65_HS1-834228961_62-HQ-83894_Section_9
Agency: FBI
Page 60
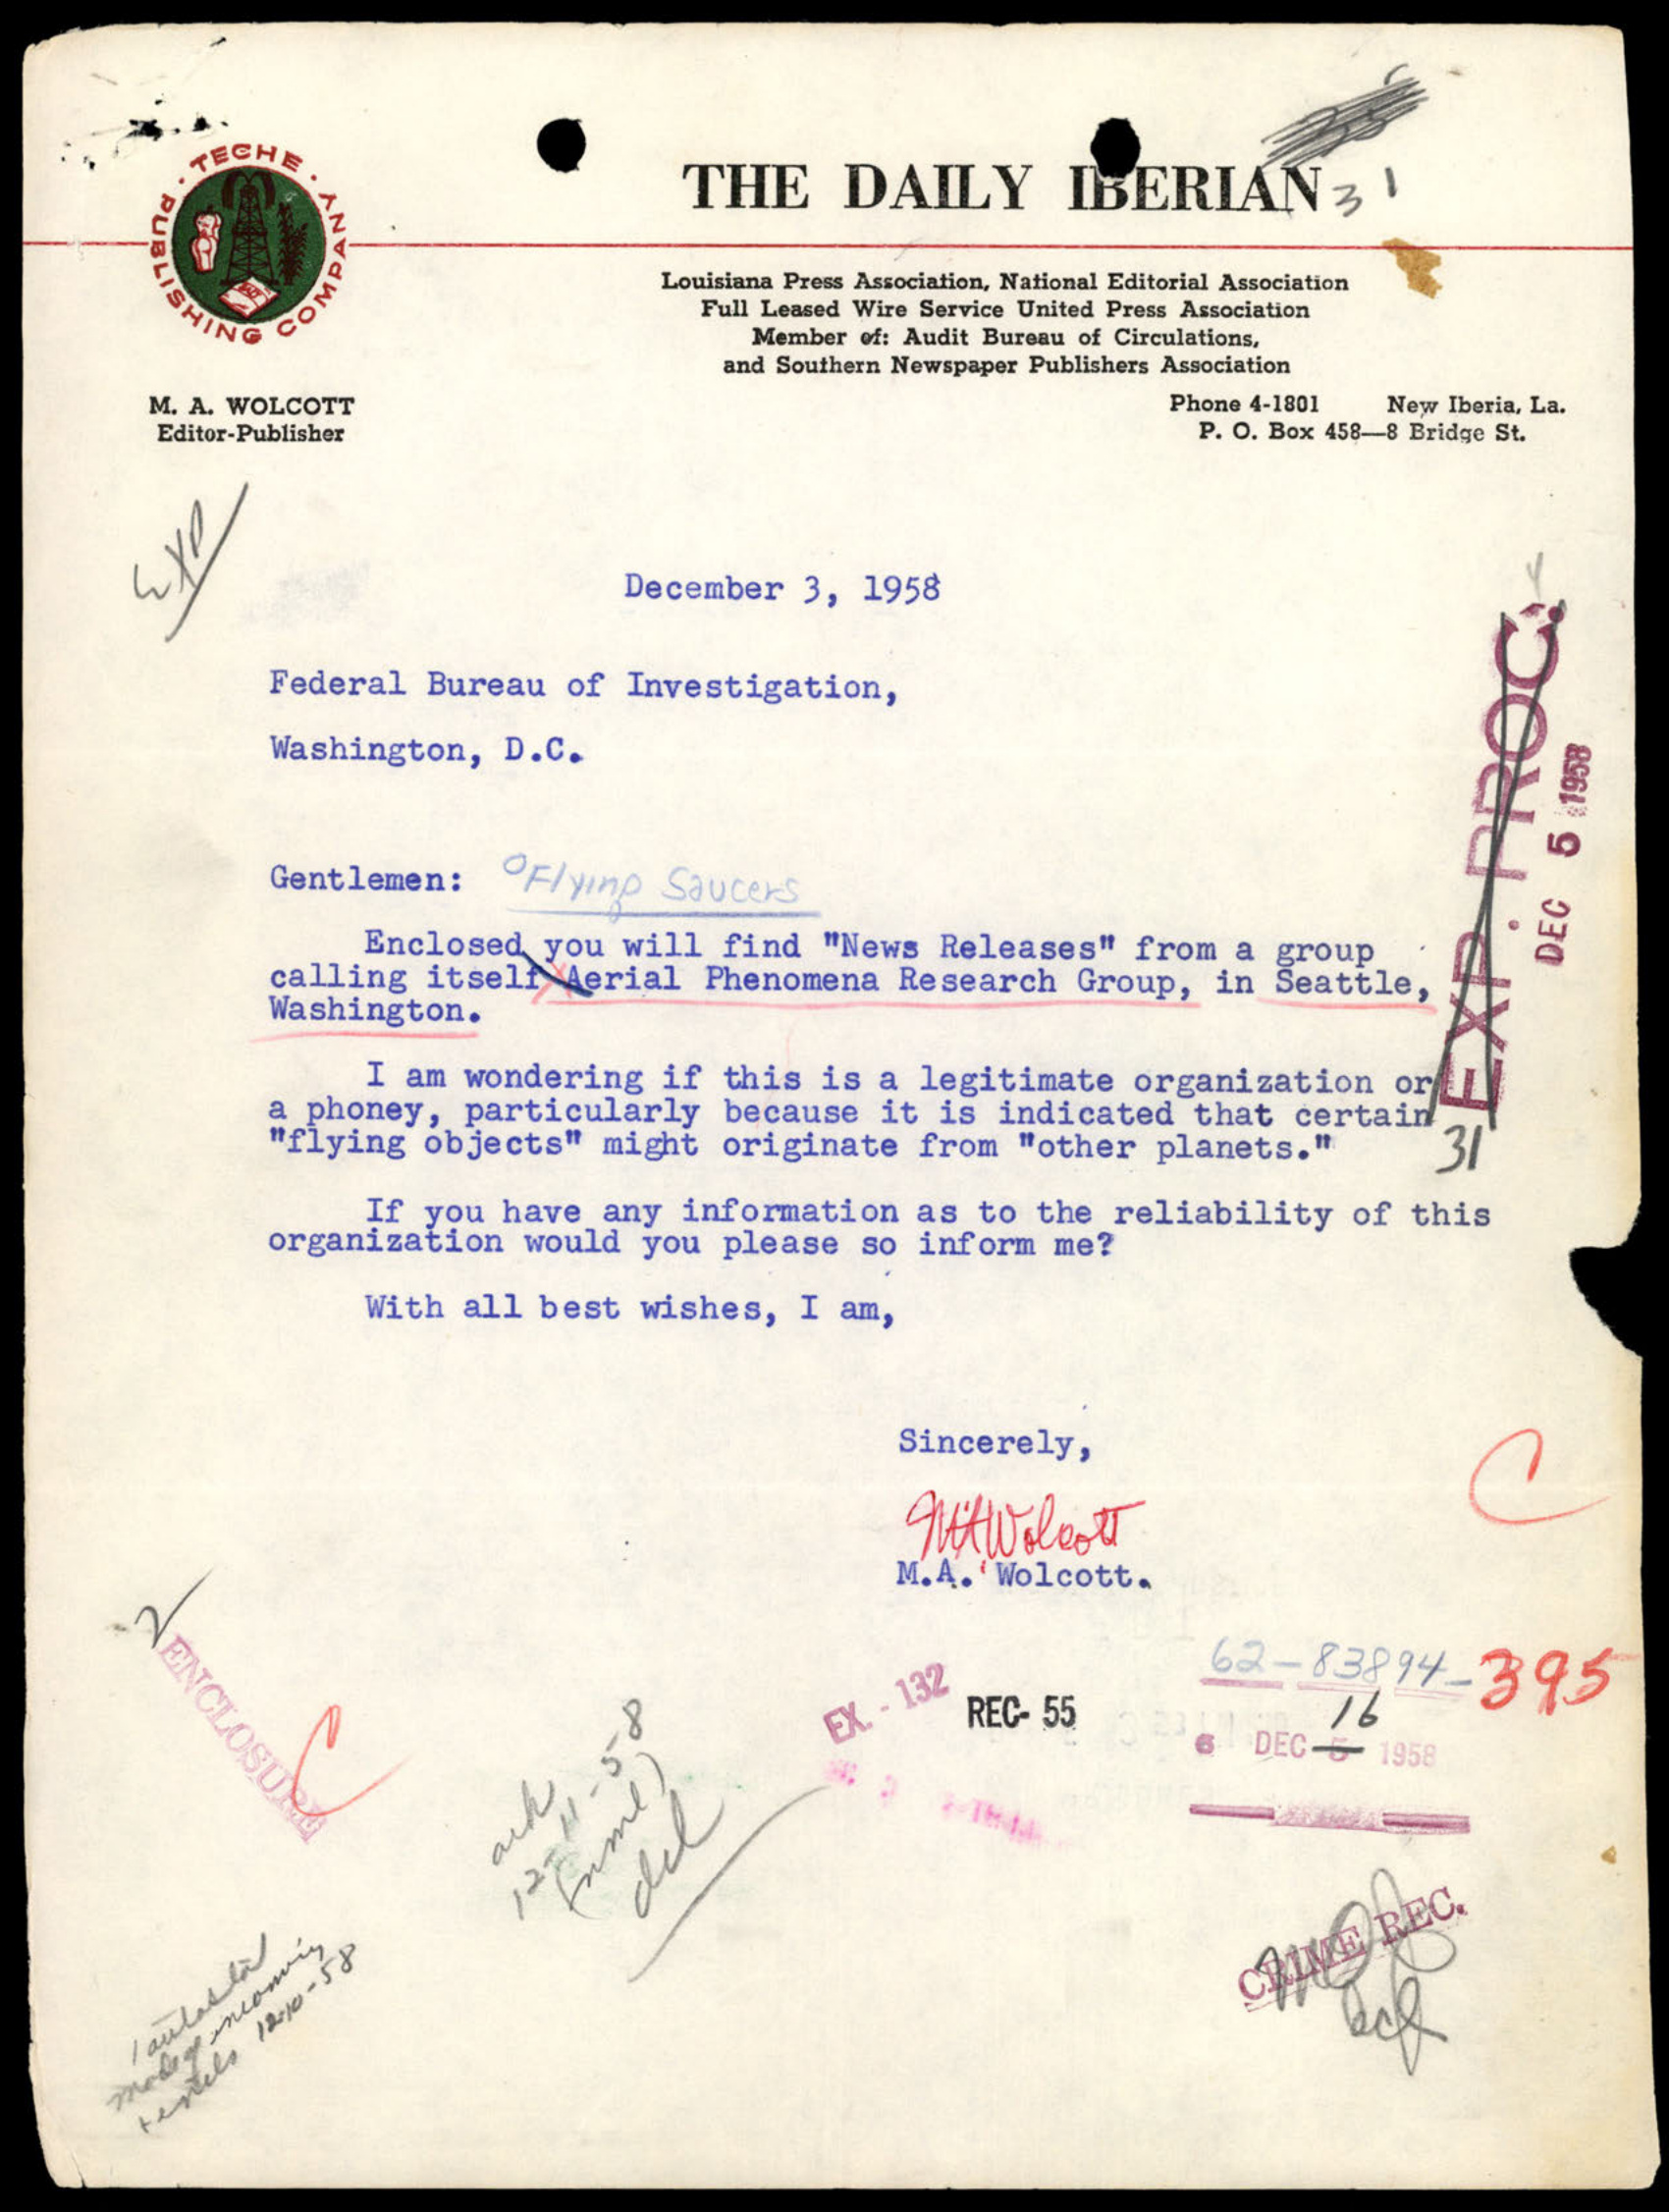